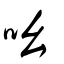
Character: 吆